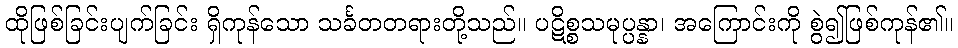
ထိုဖြစ်ခြင်းပျက်ခြင်း ရှိကုန်သော သင်္ခတတရားတို့သည်။ ပဋိစ္စသမုပ္ပန္နာ၊ အကြောင်းကို စွဲ၍ဖြစ်ကုန်၏။